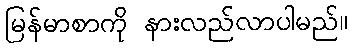
မြန်မာစာကို နားလည်လာပါမည်။